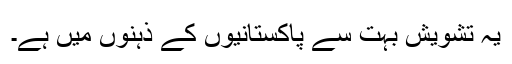
یہ تشویش بہت سے پاکستانیوں کے ذہنوں میں ہے۔